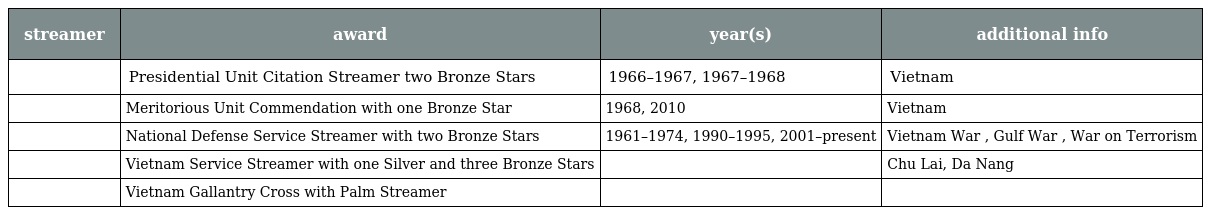
| streamer | award | year(s) | additional info |
 | --- | --- | --- | --- |
 |  | Presidential Unit Citation Streamer two Bronze Stars | 1966–1967, 1967–1968 | Vietnam |
 |  | Meritorious Unit Commendation with one Bronze Star | 1968, 2010 | Vietnam |
 |  | National Defense Service Streamer with two Bronze Stars | 1961–1974, 1990–1995, 2001–present | Vietnam War , Gulf War , War on Terrorism |
 |  | Vietnam Service Streamer with one Silver and three Bronze Stars |  | Chu Lai, Da Nang |
 |  | Vietnam Gallantry Cross with Palm Streamer |  |  |